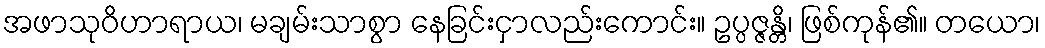
အဖာသုဝိဟာရာယ၊ မချမ်းသာစွာ နေခြင်းငှာလည်းကောင်း။ ဥပ္ပဇ္ဇန္တိ၊ ဖြစ်ကုန်၏။ တယော၊